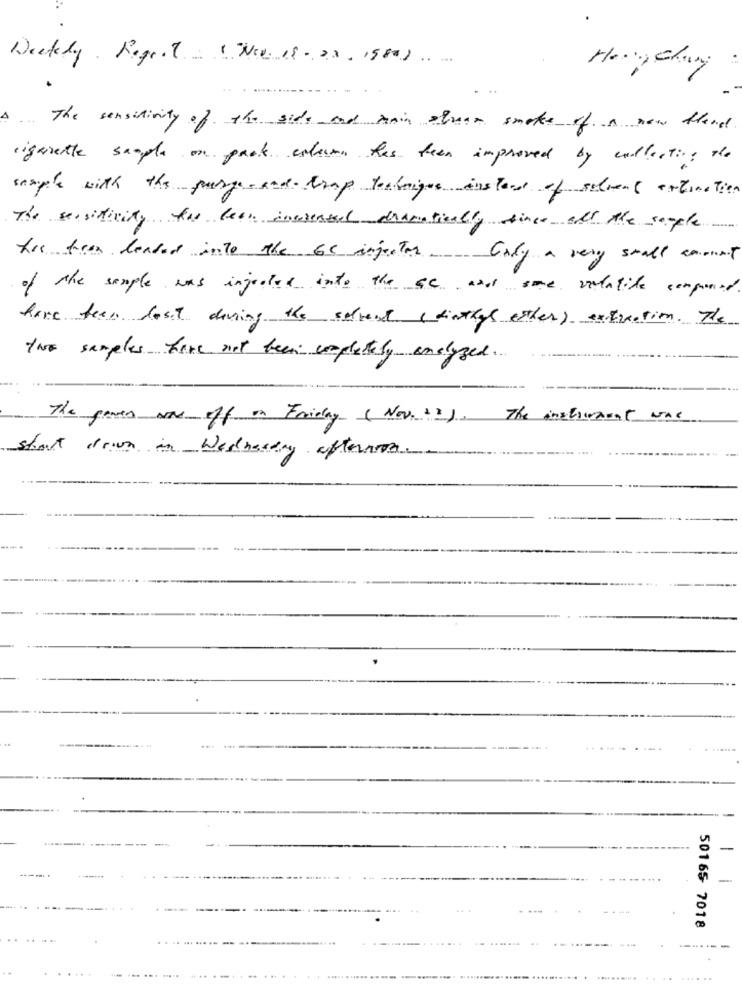
Weekly Regret= " New. 19- 23, 1980)
... The sensitivity of the side and Anin squar smoke of a new blood
cigarette sample on prote esteen has been improved by collections the
sample with the purge- and- trop technique instead of solvent extinction
The sensitivity the bean increased dramatically since all the serple
his fra leased into the 65 injector. Cody a very small amount
of The sample was injected into the SC and some volatile compared.
have been lost during the solvent ( dinthys other) extraction. The
two samples have not been completely analysed ...
The games was off on Friday (Nov. 22). The instrument WAS
start drown in Wednesday afternon ..
-
50165 7018
....